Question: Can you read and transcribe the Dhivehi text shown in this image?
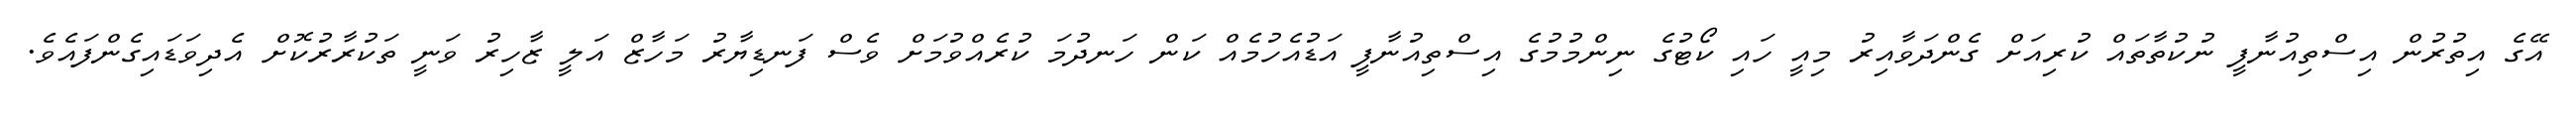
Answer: އޭގެ އިތުރުން އިސްތިއުނާފީ ނުކުތާތައް ކުރިއަށް ގެންދަވާއިރު މިއީ ހައި ކޯޓުގެ ނިންމުމުގެ އިސްތިއުނާފީ އަޑުއެހުމެއް ކަން ހަނދުމަ ކުރެއްވުމަށް ވެސް ފަނޑިޔާރު މަހާޒް އަލީ ޒާހިރު ވަނީ ތަކުރާރުކޮށް އެދިވަޑައިގެންފައެވެ.